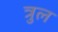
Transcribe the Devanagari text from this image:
त्रुल